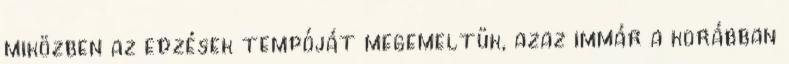
miközben az edzések tempóját megemeltük, azaz immár a korábban